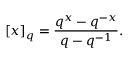
[ x ] _ { q } = \frac { q ^ { x } - q ^ { - x } } { q - q ^ { - 1 } } .